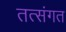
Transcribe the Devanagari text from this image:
तत्संगत